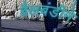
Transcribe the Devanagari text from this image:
बैलबंडीने